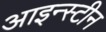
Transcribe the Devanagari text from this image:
आइन्‍स्‍टीन